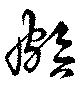
頗